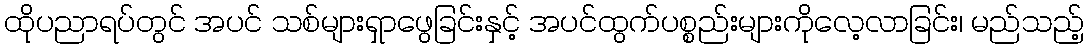
ထိုပညာရပ်တွင် အပင် သစ်များရှာဖွေခြင်းနှင့် အပင်ထွက်ပစ္စည်းများကိုလေ့လာခြင်း၊ မည်သည့်